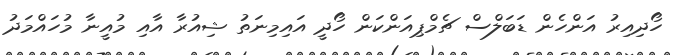
ހޯދިއިރު އަންހެން ޑަބަލްސް ޗެމްޕިއަންކަން ހޯދީ އައިމިނަތު ޝިއުރާ އާއި މުއީނާ މުހައްމަދު